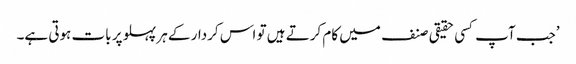
’جب آپ کسی حقیقی صنف میں کام کرتے ہیں تو اس کردار کے ہر پہلو پر بات ہوتی ہے۔